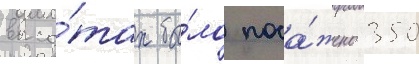
высо́тах бы́ло поса́жено 350